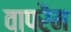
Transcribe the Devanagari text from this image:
वापरैम